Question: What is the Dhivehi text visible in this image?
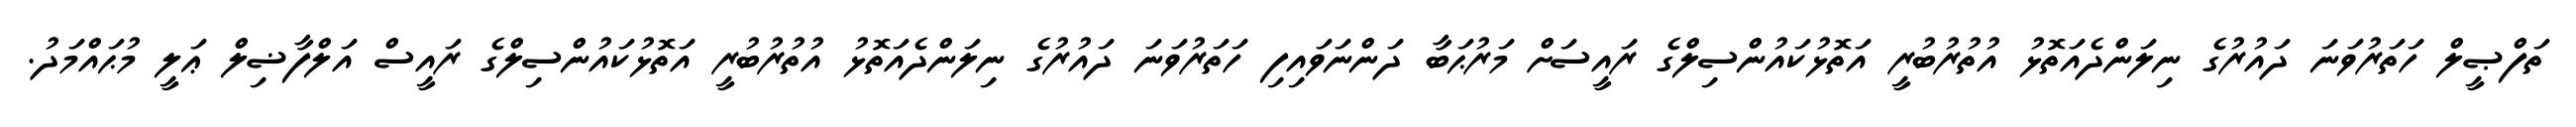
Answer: ތަފްޞީލް ހަތަރުވަނަ ދައުރުގެ ނިލަންދެއަތޮޅު އުތުރުބުރީ އަތޮޅުކައުންސިލްގެ ރައީސަށް މަރުޙަބާ ދަންނަވައިފި ހަތަރުވަނަ ދައުރުގެ ނިލަންދެއަތޮޅު އުތުރުބުރީ އަތޮޅުކައުންސިލްގެ ރައީސް އަލްފާޟިލް ޢަލީ މުޙައްމަދު.